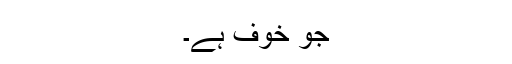
جو خوف ہے۔